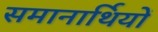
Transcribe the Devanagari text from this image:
समानार्थियों